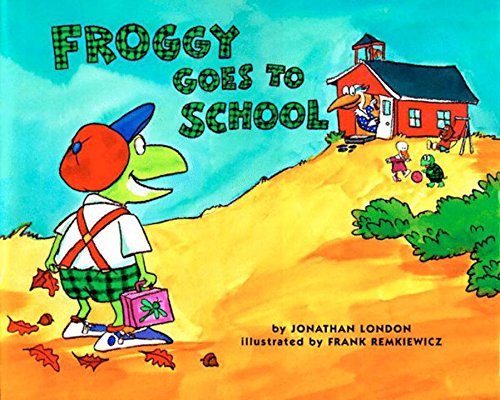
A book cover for Froggy Goes to School; Jonathan London; Children's Books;